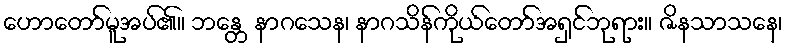
ဟောတော်မူအပ်၏။ ဘန္တေ နာဂသေန၊ နာဂသိန်ကိုယ်တော်အရှင်ဘုရား။ ဇိနသာသနေ၊